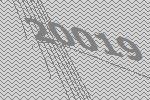
20019